King Institute of Preventive Medicine Micro-Biological Section reports 1909-11
Year: 1909
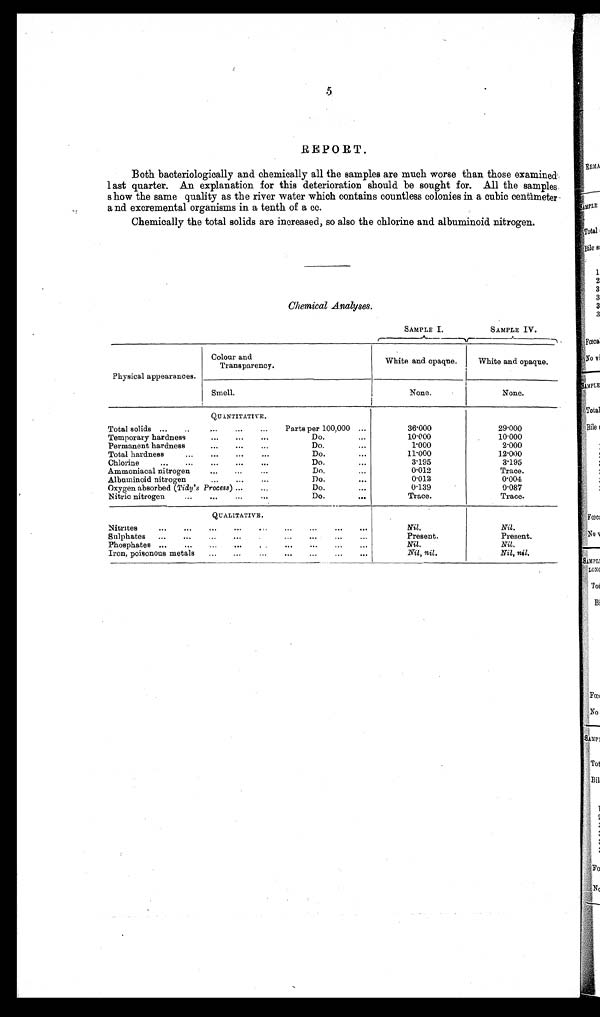
.5
REPORT.
Both bacteriologically and chemically all the samples are much worse than those examined
last quarter. An explanation for this deterioration should be sought for. All the samples
show the same quality as the river water which contains countless colonies in a cubic centimeter
and excremental organisms in a tenth of a cc.
Chemically the total solids are increased, so also the chlorine and albuminoid nitrogen.
Chemical Analyses.
SAMPLE I.
SAMPLE IV.
Physical appearances.
Colour and
Transparency.
White and opaque.
White and opaque.
Smell.
N o n e .
None.
QUANTITATIVE.
Total solids ...
... ... ... ...
Parts per 100,000 ...
36.000
29.000
Temporary hardness
...
...
...
Do.
...
10.000
10.000
Permanent hardness
...
...
...
Do.
...
1.000
2.000
Total hardness
...
Do.
...
11.000
12.000
Chlorine
...
...
...
...
...
Do.
...
3.195
3.195
Ammoniacal nitrogen
...
...
...
Do.
...
0.012
Trace.
Albuminoid nitrogen
...
...
...
Do.
...
0.013
0.004
Oxygen absorbed ( Tidy's Process ) ...
...
Do.
...
0.139
0.087
Nitric nitrogen
...
...
...
...
Do.
. . .
Trace.
Trace.
QUALITATIVE.
Nitrites
...
...
...
...
...
...
...
...
...
Nil.
Nil.
Sulphates ...
...
...
...
... ... ... ... ...
Present.
Present.
Phosphates ...
...
...
...
...
...
...
...
Nil.
Nil.
Iron, poisonous metals ...
...
...
...
...
...
...
Nil, nil.
Nil, nil.